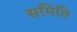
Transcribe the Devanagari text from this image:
समिति